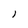
Character: l